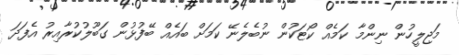
މަޖިލީހުން ނިންމާ ކަމެއް ކޯޓަކުން ނުބެލެނޭ ކަމަށް ބައެއް ބޭފުޅުން ގަބޫލުކުރާއިރު އެފަދަ